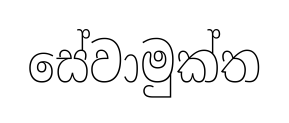
සේවාමුක්ත